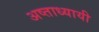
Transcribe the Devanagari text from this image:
अष्ताध्यायी